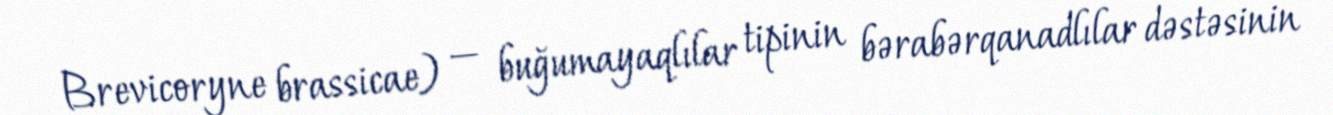
Brevicoryne brassicae) — buğumayaqlılar tipinin bərabərqanadlılar dəstəsinin